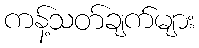
ကန့်သတ်ချက်များ